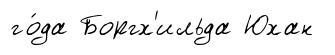
го́да Боргх'ильда Юхан